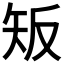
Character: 𥎮